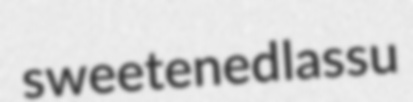
sweetened lassu